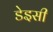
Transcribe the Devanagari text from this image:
डेइसी